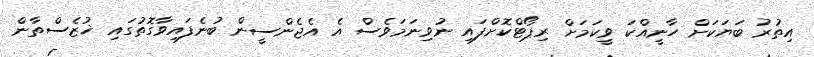
އިތުރު ބަޔަކަށް ހާނީއްކަ ވީކަމަށް ރިޕޯޓްކޮށްފައި ނުވިނަމަވެސް އެ އެޖެންސީން ބުނެފައިވާގޮތުގައި ޚުޒެސްތާން